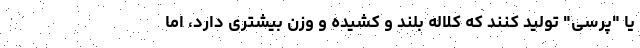
یا "پرسی" تولید کنند که کلاله بلند و کشیده و وزن بیشتری دارد، اما